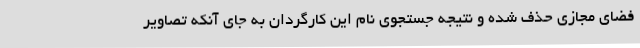
فضای مجازی حذف شده و نتیجه جستجوی نام این کارگردان به جای آنکه تصاویر